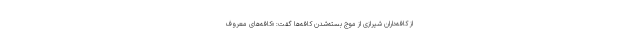
از کافه‌داران شیرازی از موج بسته‌شدن کافه‌ها گفت: «کافه‌های معروف